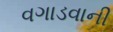
વગાડવાની